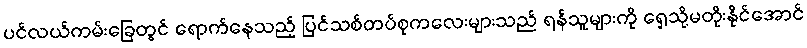
ပင်လယ်ကမ်းခြေတွင် ရောက်နေသည့် ပြင်သစ်တပ်စုကလေးများသည် ရန်သူများကို ရှေ့သို့မတိုးနိုင်အောင်